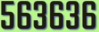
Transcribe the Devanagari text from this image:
५६३६३६